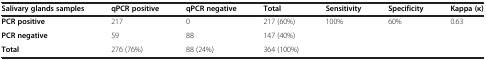
<table><thead><tr><td><b>Salivary glands samples</b></td><td><b>qPCR positive</b></td><td><b>qPCR negative</b></td><td><b>Total</b></td><td><b>Sensitivity</b></td><td><b>Specificity</b></td><td><b>Kappa (κ)</b></td></tr></thead><tbody><tr><td><b>PCR positive</b></td><td>217</td><td>0</td><td>217 (60%)</td><td>100%</td><td>60%</td><td>0.63</td></tr><tr><td><b>PCR negative</b></td><td>59</td><td>88</td><td>147 (40%)</td><td> </td><td> </td><td> </td></tr><tr><td><b>Total</b></td><td>276 (76%)</td><td>88 (24%)</td><td>364 (100%)</td><td> </td><td> </td><td> </td></tr></tbody></table>